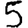
Digit: 5